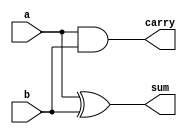
`timescale 1ns / 1ps
//////////////////////////////////////////////////////////////////////////////////
// Company: 
// Engineer: 
// 
// Design Name: 
// Module Name: half_adder
// Project Name: 
// Target Devices: 
// Tool Versions: 
// Description: 
// 
// Dependencies: 
// 
// Revision:
// Revision 0.01 - File Created
// Additional Comments:
// 
//////////////////////////////////////////////////////////////////////////////////


module half_adder(
output sum,
output carry,
input a,
input b
    );
    
assign sum=a^b;
assign carry=a&b;

endmodule